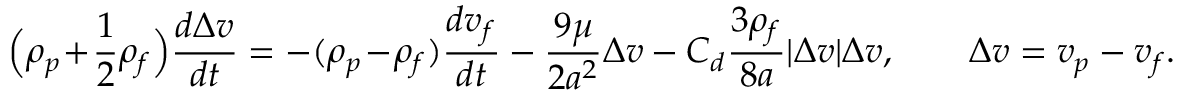
\Bigl ( \rho _ { p } \! + \! \frac { 1 } { 2 } \rho _ { f } \Bigr ) \frac { d \Delta \boldsymbol { v } } { d t } = - ( \rho _ { p } \! - \! \rho _ { f } ) \frac { d \boldsymbol { v _ { f } } } { d t } - \frac { 9 \mu } { 2 a ^ { 2 } } \Delta \boldsymbol { v } - C _ { d } \frac { 3 \rho _ { f } } { 8 a } | \Delta \boldsymbol { v } | \Delta \boldsymbol { v } , \qquad \Delta \boldsymbol { v } = \boldsymbol { v _ { p } } - \boldsymbol { v _ { f } } .